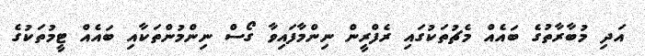
އަދި މުބާރާތުގެ ބައެއް މެޗުތަކުގައި ރެފްރީން ނިންމާފައިވާ ގޯސް ނިންމުންތަކާއި ބައެއް ޓީމުތަކުގެ